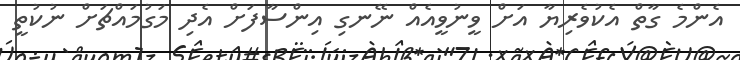
އެންމެ ގާތް އެކުވެރިޔާ އަށް ވީނުވީއެއް ނޭނގި އިންސާފަށް އެދި މަގުމައްޗަށް ނުކުތީ